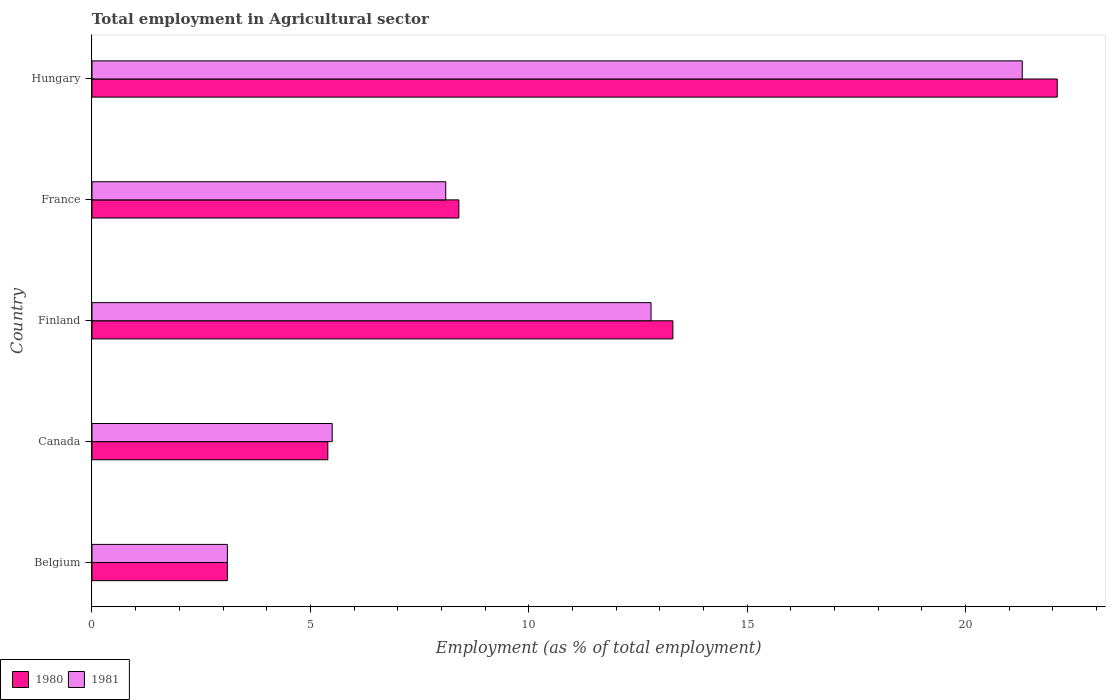
| Country | 1980 | 1981 |
 | --- | --- | --- |
 | Belgium | 3.1 | 3.1 |
 | Canada | 5.4 | 5.5 |
 | Finland | 13.3 | 12.8 |
 | France | 8.4 | 8.1 |
 | Hungary | 22.1 | 21.3 |